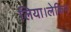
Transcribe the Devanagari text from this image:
लिया।लेकिन